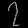
Digit: ၇